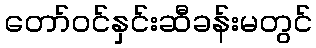
တော်ဝင်နှင်းဆီခန်းမတွင်